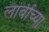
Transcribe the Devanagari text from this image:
लांबींच्या